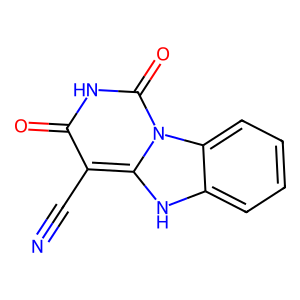
SMILES: N#Cc1c(=O)[nH]c(=O)n2c1[nH]c1ccccc12
Inhibits HIV replication: No